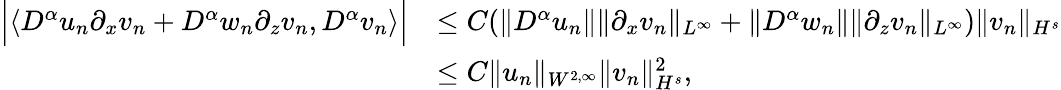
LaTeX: \begin{array}{rl}{\Big|\langle D^{\alpha}u_{n}\partial_{x}v_{n}+D^{\alpha}w_{n}\partial_{z}v_{n},D^{\alpha}v_{n}\rangle\Big|}&{\leq C(\| D^{\alpha}u_{n}\| \| \partial_{x}v_{n}\| _{L^{\infty}}+\| D^{\alpha}w_{n}\| \| \partial_{z}v_{n}\| _{L^{\infty}})\| v_{n}\| _{H^{s}}}\\ &{\leq C\| u_{n}\| _{W^{2,\infty}}\| v_{n}\| _{H^{s}}^{2},}\end{array}